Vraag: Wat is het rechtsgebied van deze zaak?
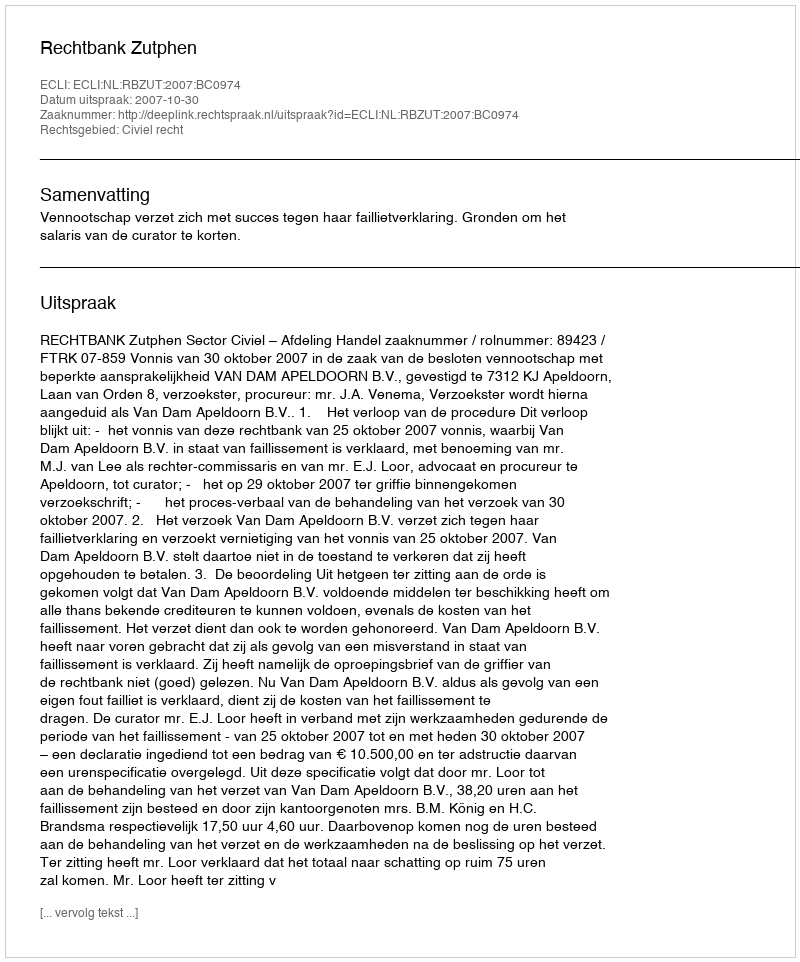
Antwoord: Civiel recht